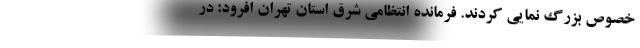
خصوص بزرگ نمایی کردند. فرمانده انتظامی شرق استان تهران افرود: در